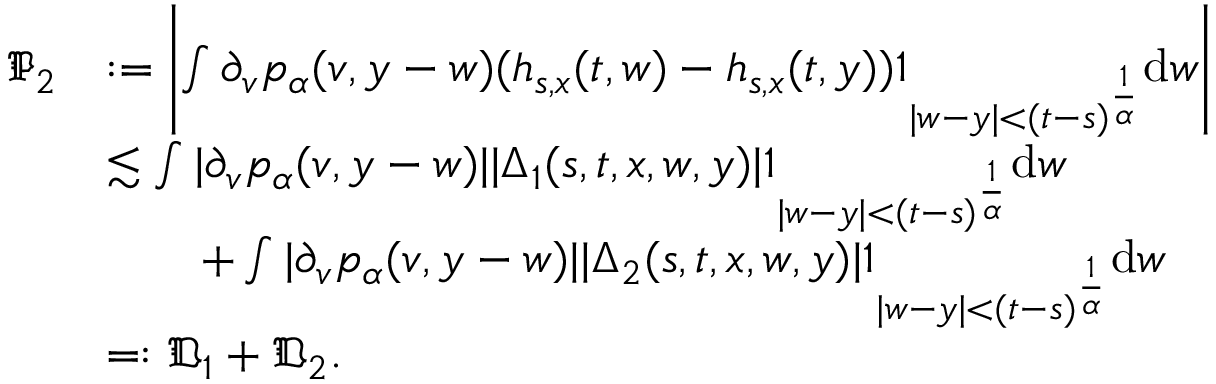
\begin{array} { r l } { \mathfrak { P _ { 2 } } } & { : = \left| \int \partial _ { v } p _ { \alpha } ( v , y - w ) ( h _ { s , x } ( t , w ) - h _ { s , x } ( t , y ) ) \mathbb { 1 } _ { | w - y | < ( t - s ) ^ { \frac { 1 } { \alpha } } } \mathrm { d } w \right| } \\ & { \lesssim \int | \partial _ { v } p _ { \alpha } ( v , y - w ) | | \Delta _ { 1 } ( s , t , x , w , y ) | \mathbb { 1 } _ { | w - y | < ( t - s ) ^ { \frac { 1 } { \alpha } } } \mathrm { d } w } \\ & { \qquad + \int | \partial _ { v } p _ { \alpha } ( v , y - w ) | | \Delta _ { 2 } ( s , t , x , w , y ) | \mathbb { 1 } _ { | w - y | < ( t - s ) ^ { \frac { 1 } { \alpha } } } \mathrm { d } w } \\ & { = : \mathfrak { D } _ { 1 } + \mathfrak { D } _ { 2 } . } \end{array}